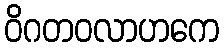
ဝိဂတဝလာဟကေ